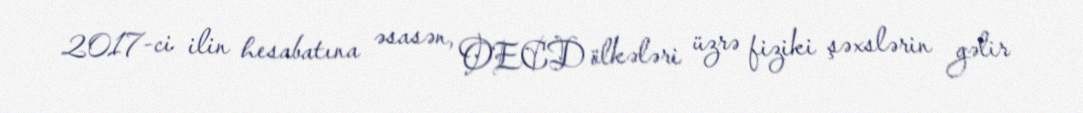
2017-ci ilin hesabatına əsasən, OECD ölkələri üzrə fiziki şəxslərin gəlir